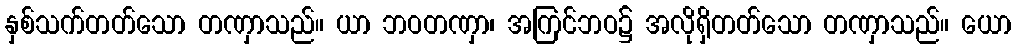
နှစ်သက်တတ်သော တဏှာသည်။ ယာ ဘဝတဏှာ၊ အကြင်ဘဝ၌ အလိုရှိတတ်သော တဏှာသည်။ ယော